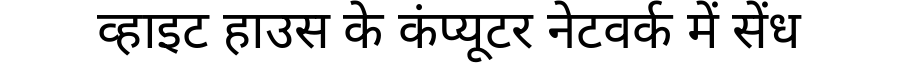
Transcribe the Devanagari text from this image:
व्हाइट हाउस के कंप्यूटर नेटवर्क में सेंध